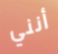
أنني